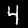
Digit: 4